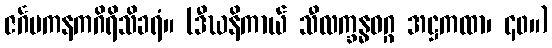
ဇင်္ဂမကနကဂိရိသိခရံ။ (ဒီဃနိကာယ် သီလက္ခန္ဓဝဂ္ဂ အဋ္ဌကထာ၊ ၄၀။)